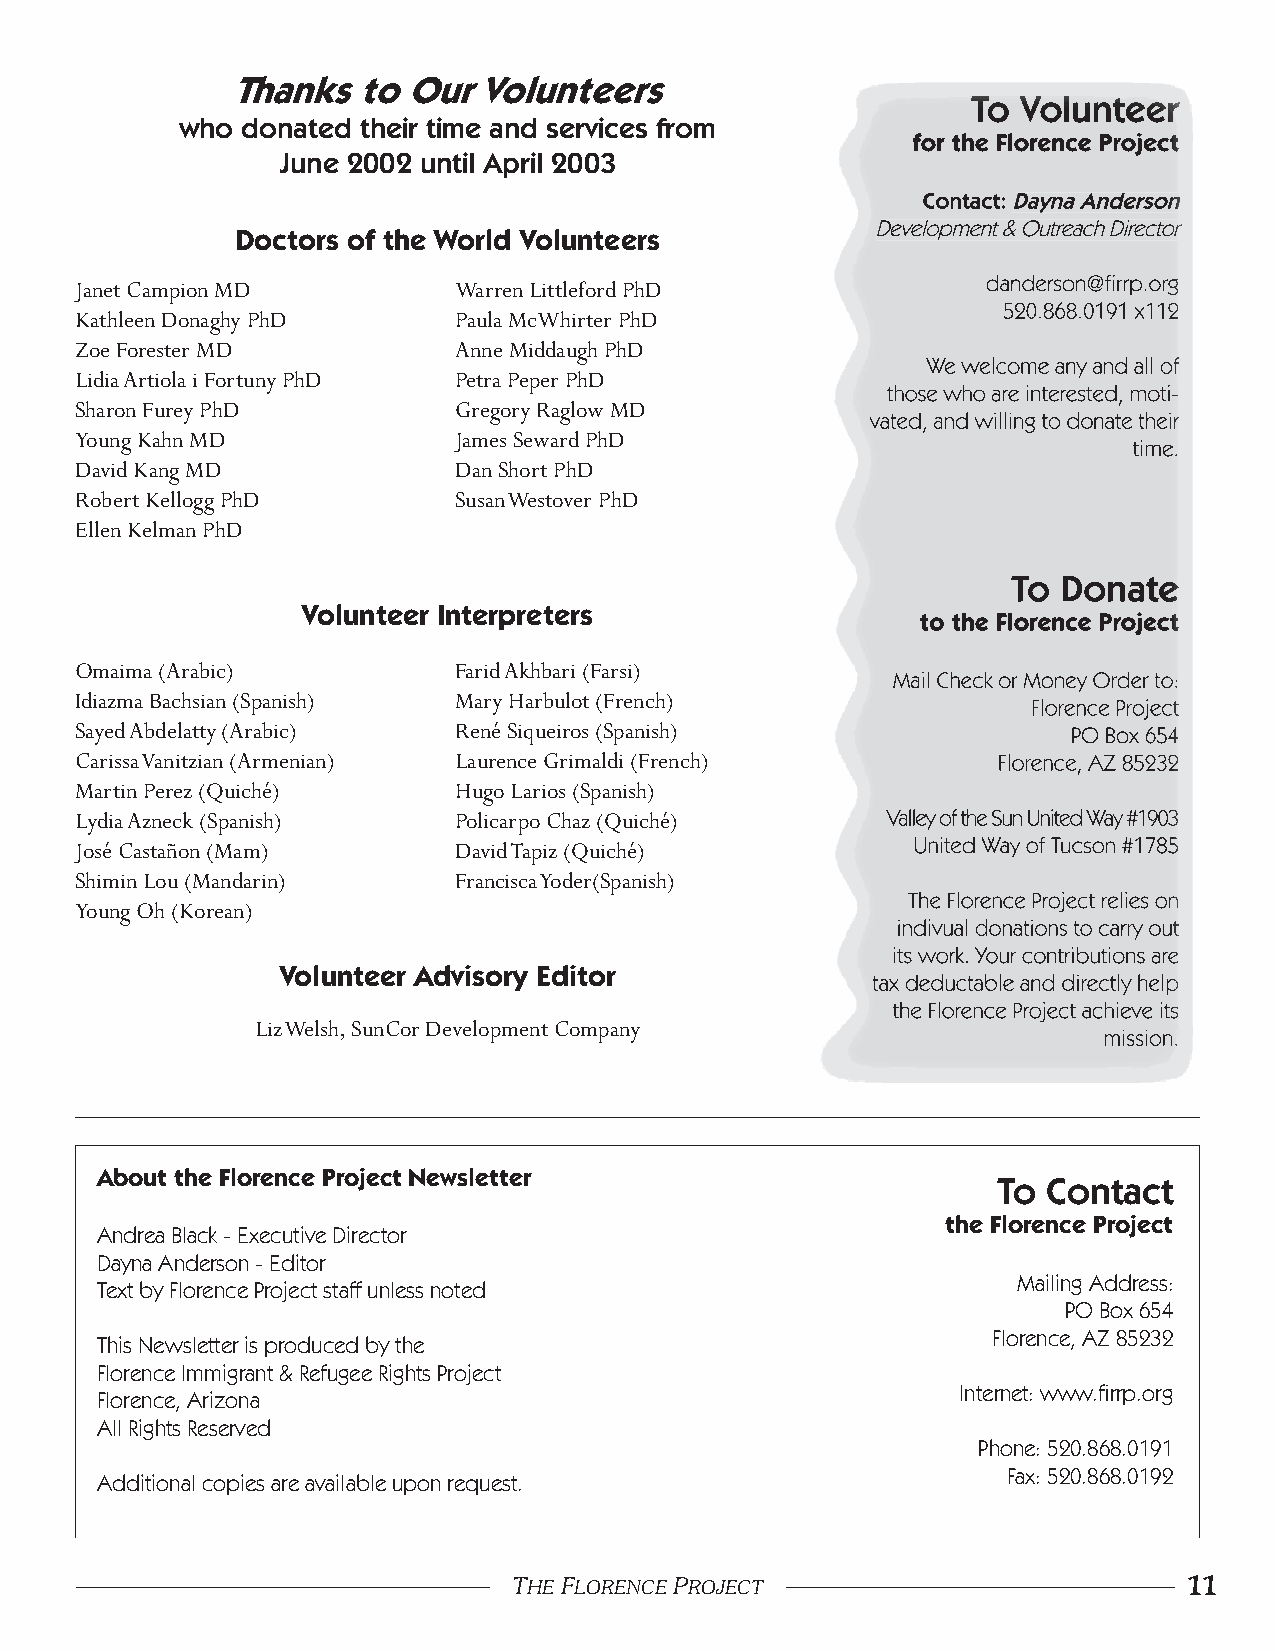
Thanks   to Our  Volunteers
 To  Volunteer
 who donated their time and services from
 for the Florence Project
 June 2002 until April 2003
 Contact:Dayna Anderson
 Development & Outreach Director
 Doctors of the World Volunteers
 Janet Campion MD         Warren Littleford PhD              danderson@fi rrp.org
 520.868.0191 x112
 Kathleen Donaghy PhD     Paula McWhirter PhD
 Zoe Forester MD          Anne Middaugh PhD
 We welcome any and all of
 Lidia Artiola i Fortuny PhD Petra Peper PhD
 those who are interested, moti-
 Sharon Furey PhD         Gregory Raglow MD
 vated, and willing to donate their
 Young Kahn MD            James Seward PhD
 time.
 David Kang MD            Dan Short PhD
 Robert Kellogg PhD       Susan Westover PhD
 Ellen Kelman PhD
 To Donate
 Volunteer Interpreters
 to the Florence Project
 Omaima (Arabic)          Farid Akhbari (Farsi)
 Mail Check or Money Order to:
 Idiazma Bachsian (Spanish) Mary Harbulot (French)
 Florence Project
 Sayed Abdelatty (Arabic) René Siqueiros (Spanish)                 PO Box 654
 Carissa Vanitzian (Armenian) Laurence Grimaldi (French)      Florence, AZ 85232
 Martin Perez (Quiché)    Hugo Larios (Spanish)
 Lydia Azneck (Spanish)   Policarpo Chaz (Quiché)      Valley of the Sun United Way #1903
 José Castañon (Mam)      David Tapiz (Quiché)          United Way of Tucson #1785
 Shimin Lou (Mandarin)    Francisca Yoder(Spanish)
 The Florence Project relies on
 Young Oh (Korean)
 indivual donations to carry out
 its work. Your contributions are
 Volunteer Advisory Editor
 tax deductable and directly help
 the Florence Project achieve its
 Liz Welsh, SunCor Development Company
 mission.
 About the Florence Project Newsletter
 To Contact
 the Florence Project
 Andrea Black - Executive Director
 Dayna Anderson - Editor
 Mailing Address:
 Text by Florence Project staff unless noted
 PO Box 654
 Florence, AZ 85232
 This Newsletter is produced by the
 Florence Immigrant & Refugee Rights Project
 Internet: www.fi rrp.org
 Florence, Arizona
 All Rights Reserved
 Phone: 520.868.0191
 Fax: 520.868.0192
 Additional copies are available upon request.
 10 THE FLORENCE PROJECT           THE FLORENCE PROJECT                         11